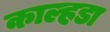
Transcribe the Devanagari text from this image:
काल्हडा